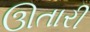
ઊતારી